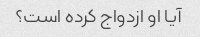
آیا او ازدواج کرده است؟